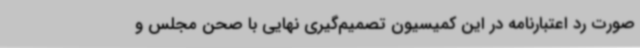
صورت رد اعتبارنامه در این کمیسیون تصمیم‌گیری نهایی با صحن مجلس و